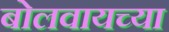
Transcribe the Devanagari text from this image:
बोलवायच्या